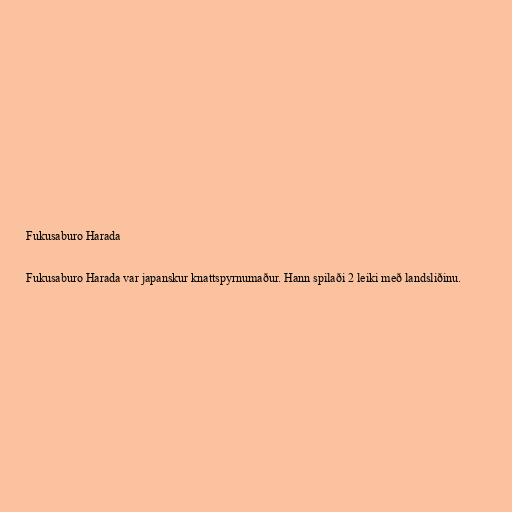
Fukusaburo Harada

Fukusaburo Harada var japanskur knattspyrnumaður. Hann spilaði 2 leiki með landsliðinu.